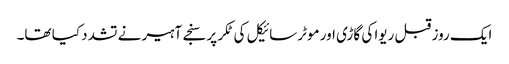
ایک روز قبل ریوا کی گاڑی اور موٹرسائیکل کی ٹکر پر سنجے آہیر نے تشدد کیا تھا۔